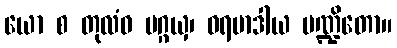
ယော စ တုလံဝ ပဂ္ဂယှ၊ ဝရမာဒါယ ပဏ္ဍိတော။